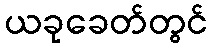
ယခုခေတ်တွင်